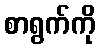
စာရွက်ကို